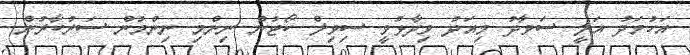
އަހުމަދު އަލީ ސަވާދު މިއަދު ވިދާޅުވީ ސިވިލް ކޯޓުން ނިންމި ނިންމުން ސަރުކާރުން